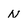
Character: N